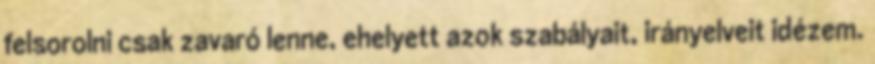
felsorolni csak zavaró lenne, ehelyett azok szabályait, irányelveit idézem.